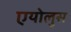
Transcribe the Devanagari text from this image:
एयोलुस